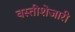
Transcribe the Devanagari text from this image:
वस्तीशेजारी